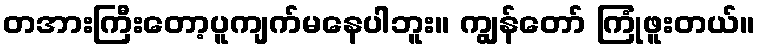
တအားကြီးတော့ပူကျက်မနေပါဘူး။ ကျွန်တော် ကြုံဖူးတယ်။